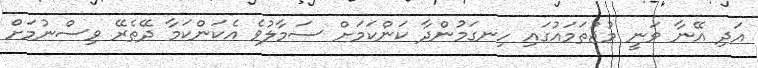
އަދި އޭނާ ވަނީ މުޖުތަމައުގައި ހިނގަމުންދާ ކަންކަމަށް ސަމާލުވެ އެކަންކަމާ ދޭތެރޭ ވިސްނުމަށް